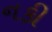
નકી